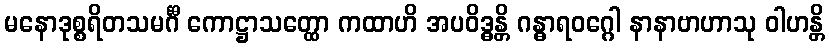
မနောဒုစ္စရိတသမင်္ဂီ ကောဋ္ဌာသတ္ထော ကထာဟိ အပဝိဒ္ဓန္တိ ဂန္ဓာရဝဂ္ဂေါ နာနာဗာဟာသု ဝါဟန္တိ